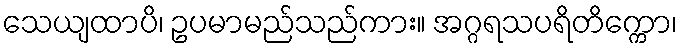
သေယျထာပိ၊ ဥပမာမည်သည်ကား။ အဂ္ဂရသပရိတိက္ကော၊